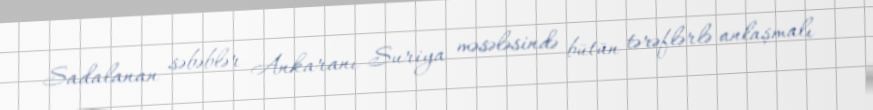
Sadalanan səbəblər Ankaranı Suriya məsələsində bütün tərəflərlə anlaşmalı